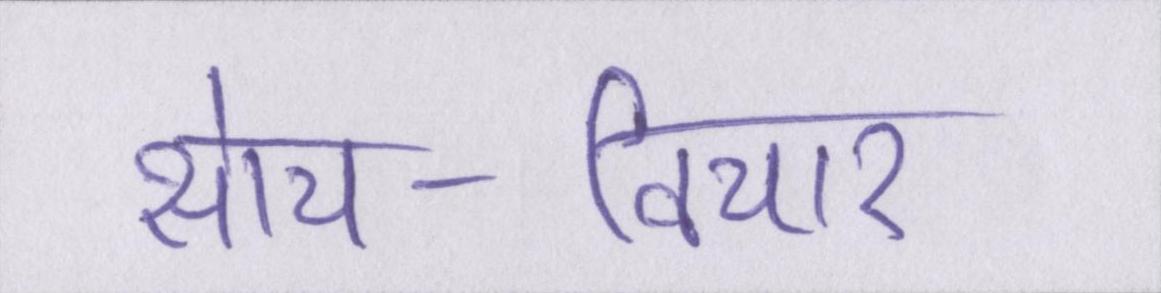
सोच-विचार